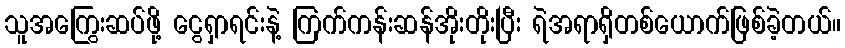
သူအကြွေးဆပ်ဖို့ ငွေရှာရင်းနဲ့ ကြက်ကန်းဆန်အိုးတိုးပြီး ရဲအရာရှိတစ်ယောက်ဖြစ်ခဲ့တယ်။